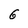
Character: 6